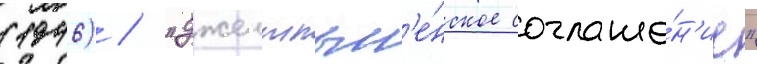
(1946) / "джентльм'е́нское соглаше́н'ие"